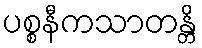
ပစ္စနီကသာတန္တိ